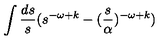
\int { \frac { d s } { s } } ( s ^ { - \omega + k } - ( { \frac { s } { \alpha } } ) ^ { - \omega + k } )